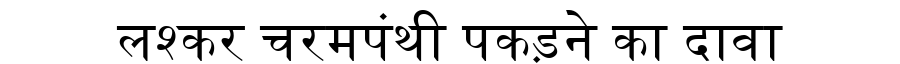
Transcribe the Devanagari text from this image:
लश्कर चरमपंथी पकड़ने का दावा